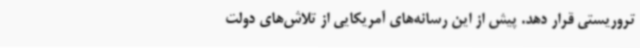
تروریستی قرار دهد. پیش از این رسانه‌های آمریکایی از تلاش‌های دولت